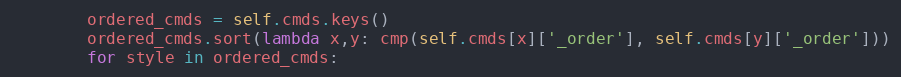
Language: Python
        ordered_cmds = self.cmds.keys()
        ordered_cmds.sort(lambda x,y: cmp(self.cmds[x]['_order'], self.cmds[y]['_order']))
        for style in ordered_cmds: